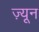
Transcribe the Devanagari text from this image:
ज़्यून